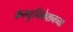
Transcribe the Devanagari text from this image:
कम्युनिकेशनच्या